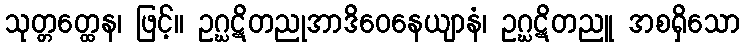
သုတ္တတ္ထေန၊ ဖြင့်။ ဥဂ္ဃဋိတညုအာဒိဝေနေယျာနံ၊ ဥဂ္ဃဋိတညူ အစရှိသော